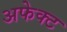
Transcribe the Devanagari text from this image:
अफेक्ट